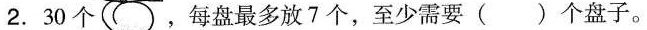
2.30个，每盘最多放7个，至少需要( )个盘子。